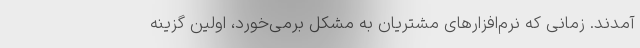
آمدند. زمانی که نرم‌افزارهای مشتریان به مشکل برمی‌خورد، اولین گزینه